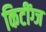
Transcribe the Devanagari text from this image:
किटींग्ज